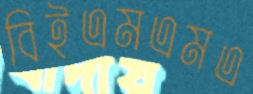
বিইএমএমএ